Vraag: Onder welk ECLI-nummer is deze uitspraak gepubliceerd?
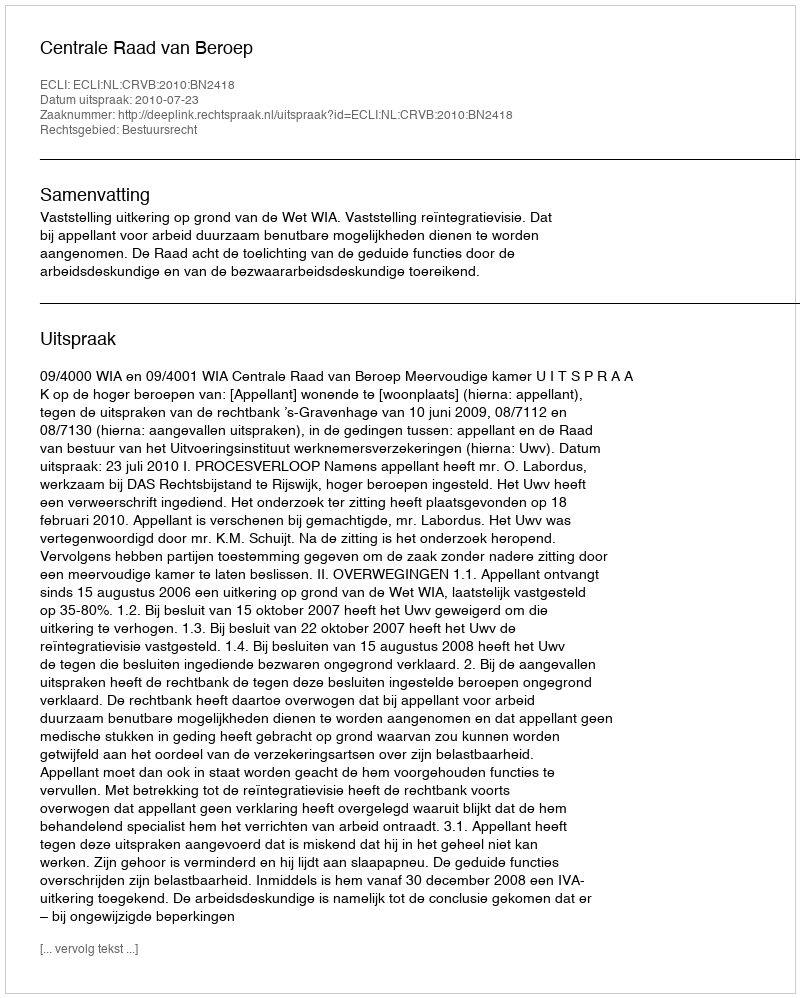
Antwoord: ECLI:NL:CRVB:2010:BN2418